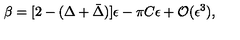
\beta = [ 2 - ( \Delta + \bar { \Delta } ) ] \epsilon - \pi C \epsilon + { \cal O } ( \epsilon ^ { 3 } ) ,